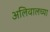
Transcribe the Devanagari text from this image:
अलिवालच्या